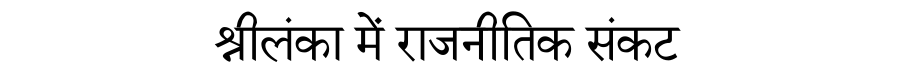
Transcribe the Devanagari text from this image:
श्रीलंका में राजनीतिक संकट